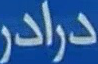
درادر